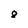
Character: 8